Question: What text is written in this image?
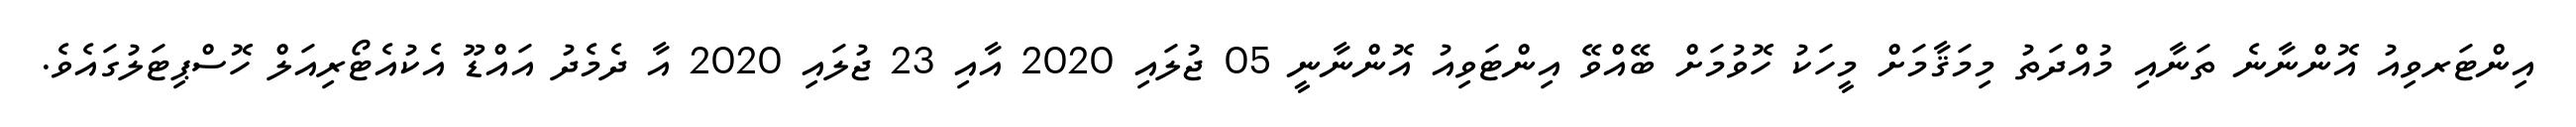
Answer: އިންޓަރވިއު އޮންނާނެ ތަނާއި މުއްދަތު މިމަޤާމަށް މީހަކު ހޮވުމަށް ބޭއްވޭ އިންޓަވިއު އޮންނާނީ 05 ޖުލައި 2020 އާއި 23 ޖުލައި 2020 އާ ދެމެދު އައްޑޫ އެކުއެޓޯރިއަލް ހޮސްޕިޓަލުގައެވެ.